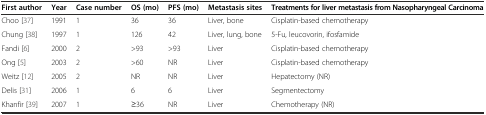
<table><thead><tr><td><b>First author</b></td><td><b>Year</b></td><td><b>Case number</b></td><td><b>OS (mo)</b></td><td><b>PFS (mo)</b></td><td><b>Metastasis sites</b></td><td><b>Treatments for liver metastasis from Nasopharyngeal Carcinoma</b></td></tr></thead><tbody><tr><td>Choo [37]</td><td>1991</td><td>1</td><td>36</td><td>36</td><td>Liver, bone</td><td>Cisplatin-based chemotherapy</td></tr><tr><td>Chung [38]</td><td>1997</td><td>1</td><td>126</td><td>42</td><td>Liver, lung, bone</td><td>5-Fu, leucovorin, ifosfamide</td></tr><tr><td>Fandi [6]</td><td>2000</td><td>2</td><td>&gt;93</td><td>&gt;93</td><td>Liver</td><td>Cisplatin-based chemotherapy</td></tr><tr><td>Ong [5]</td><td>2003</td><td>2</td><td>&gt;60</td><td>NR</td><td>Liver</td><td>Cisplatin-based chemotherapy</td></tr><tr><td>Weitz [12]</td><td>2005</td><td>2</td><td>NR</td><td>NR</td><td>Liver</td><td>Hepatectomy (NR)</td></tr><tr><td>Delis [31]</td><td>2006</td><td>1</td><td>6</td><td>6</td><td>Liver</td><td>Segmentectomy</td></tr><tr><td>Khanfir [39]</td><td>2007</td><td>1</td><td>≥36</td><td>NR</td><td>Liver</td><td>Chemotherapy (NR)</td></tr></tbody></table>